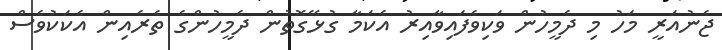
ޖެނުއަރީ މަހު މި ދެމީހުން ވަކިވެފައިވާއިރު އެކަމާ ގުޅޭގޮތުން ދެމީހުންގެ ތެރެއިން އެކަކުވެސް